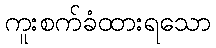
ကူးစက်ခံထားရသော